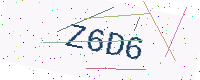
Text: Z6D6